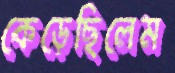
কেড়েছিলেম